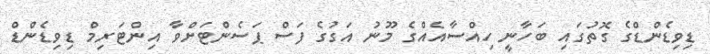
ޑިވިޑެންޑްގެ ގޮތުގައި ބަހާނީ ހިއްސާއެއްގެ މޫނު އަގުގެ ފަސް ޕަސެންޓަށްވާ އިންޓަރިމް ޑިވިޑެންޑް